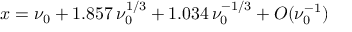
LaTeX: x = \nu _ { 0 } + 1 . 8 5 7 \, \nu _ { 0 } ^ { 1 / 3 } + 1 . 0 3 4 \, \nu _ { 0 } ^ { - 1 / 3 } + { \cal O } ( \nu _ { 0 } ^ { - 1 } )